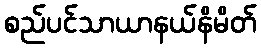
စည်ပင်သာယာနယ်နိမိတ်